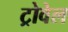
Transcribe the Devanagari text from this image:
ट्रोवेल